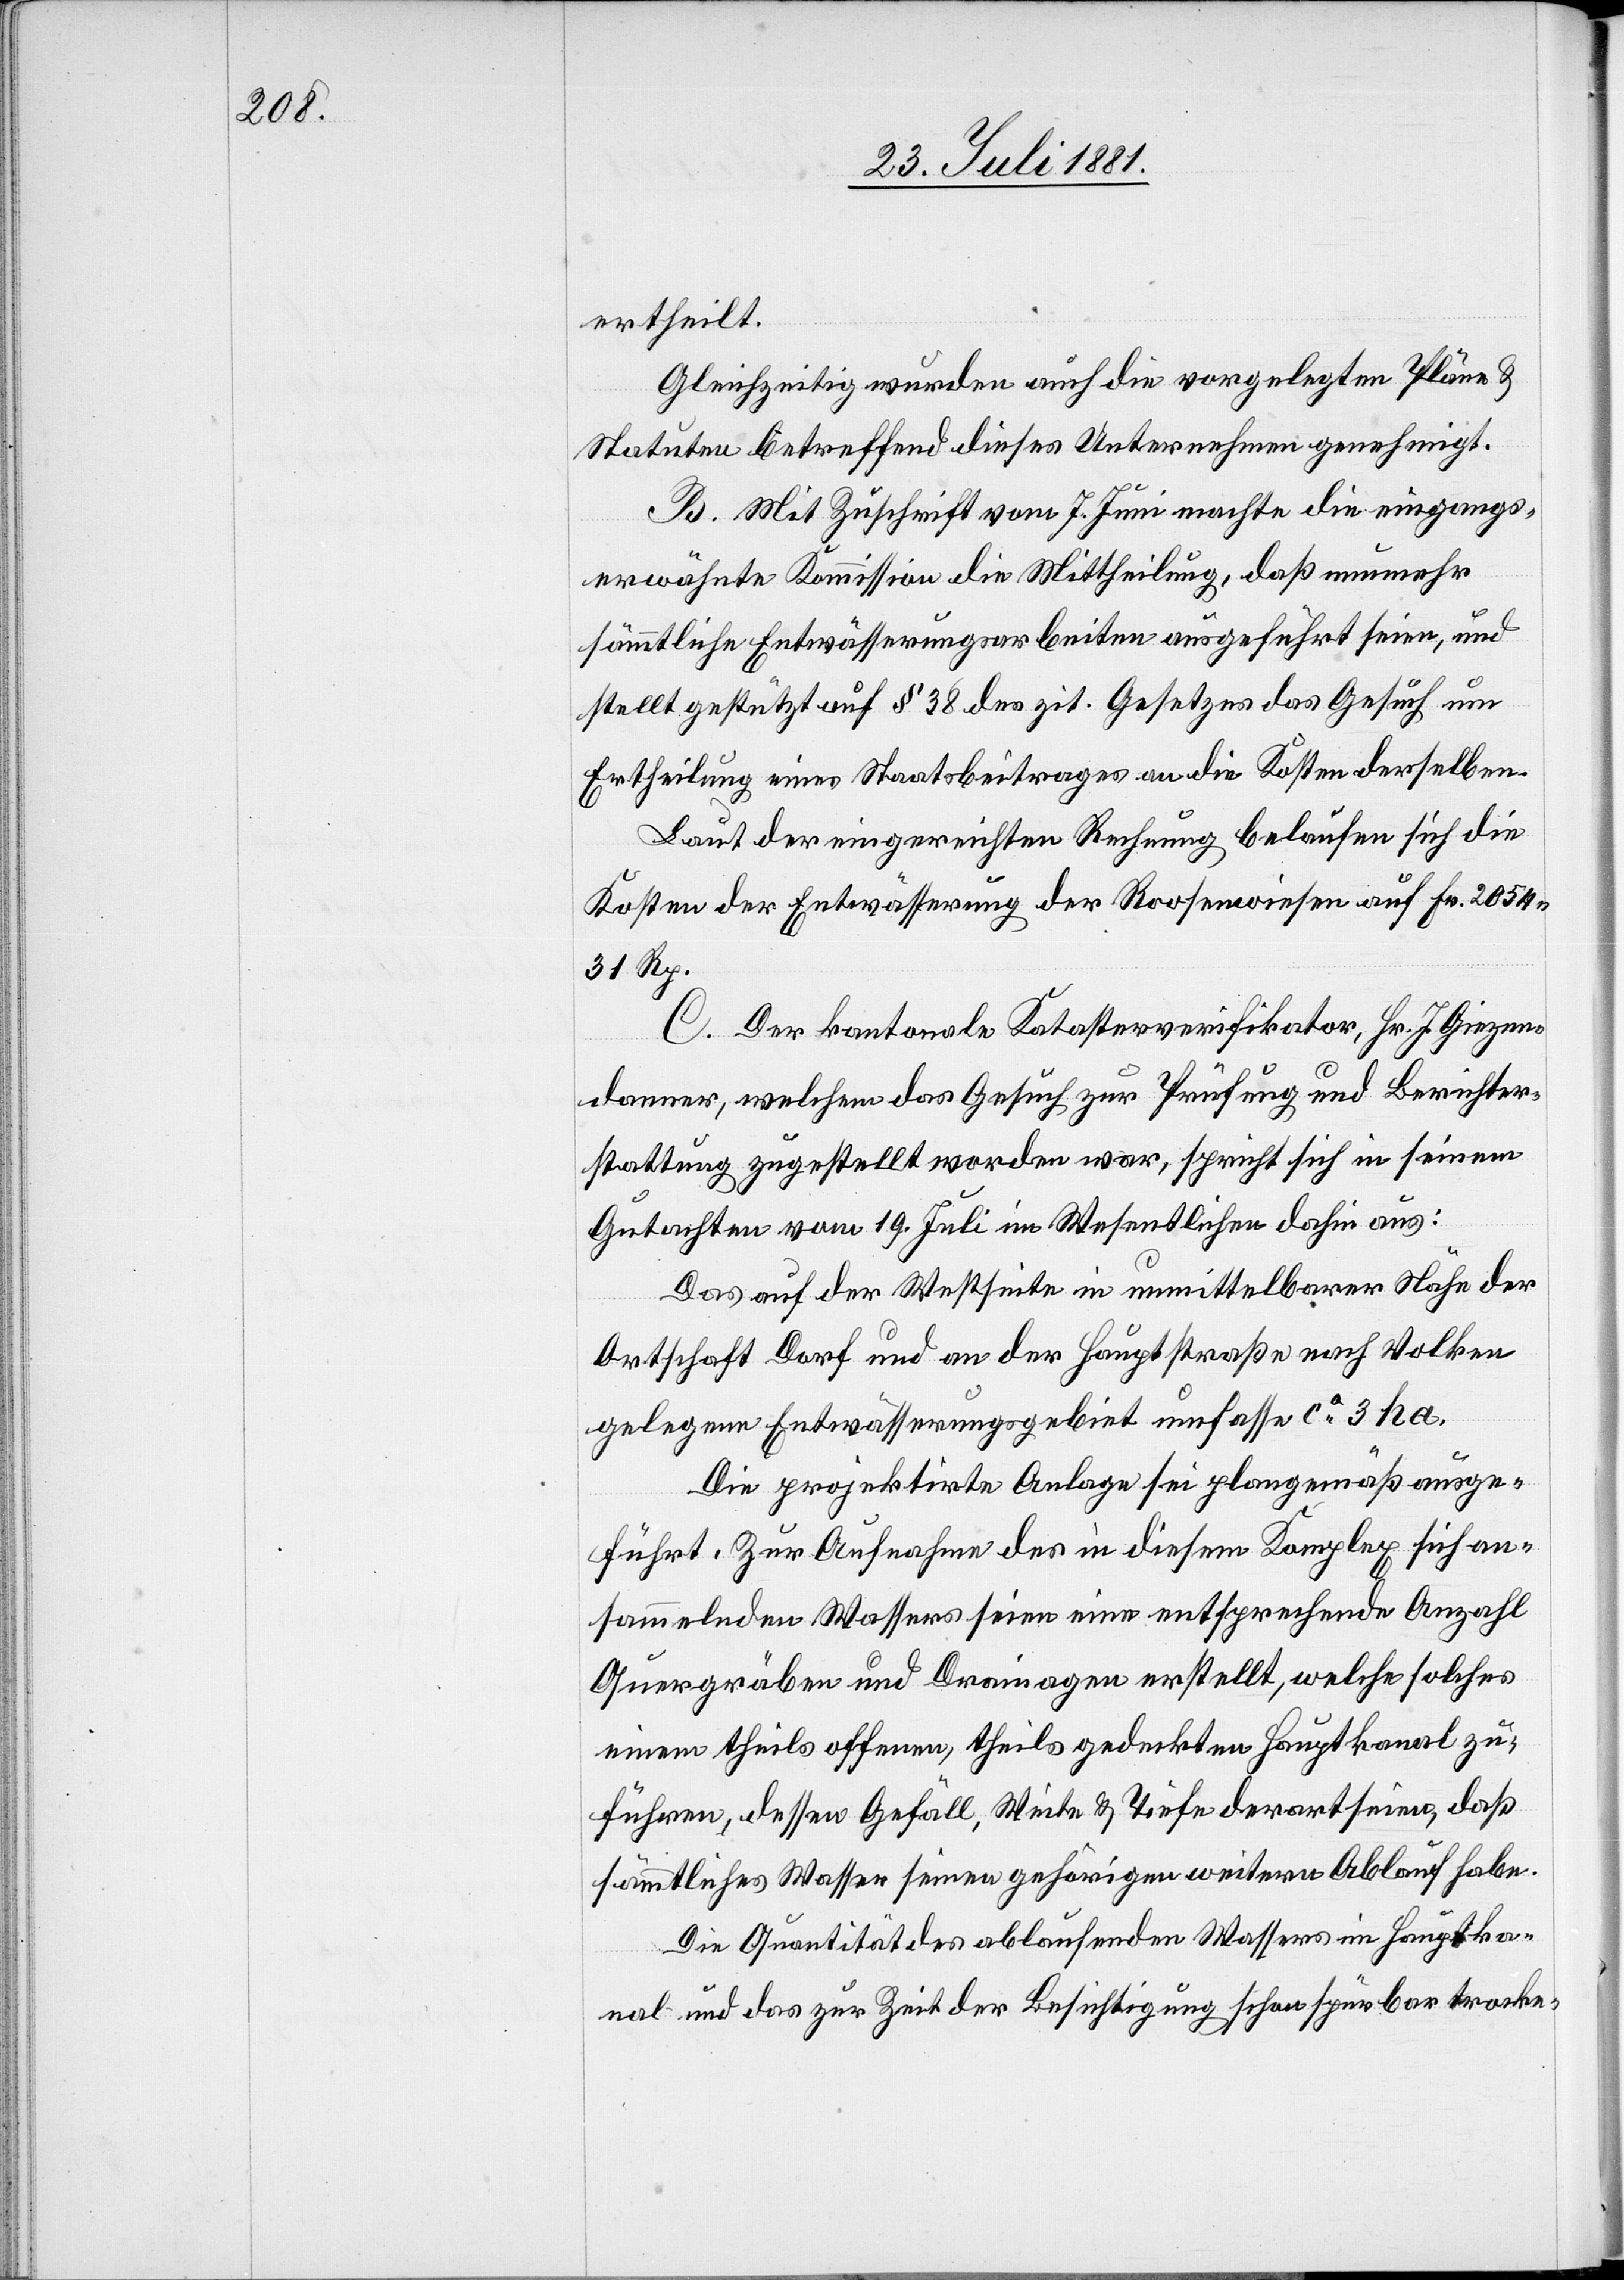
ertheilt.
Gleichzeitig wurden auch die vorgelegten Pläne &
Statuten betreffend diese Unternehmen genehmigt.
B. Mit Zuschrift vom 7. Juni machte die eingangs
erwähnte Kommission die Mittheilung, daß nunmehr
sämmtliche Entwässerungsarbeiten ausgeführt seien, und
stellt gestützt auf § 38 des zit. Gesetzes das Gesuch um
Ertheilung eines Staatsbeitrages an die Kosten derselben.
Laut der eingereichten Rechnung belaufen sich die
Kosten der Entwässerung der Roosenwiesen auf Fr. 205
31 Rp.
C. Der kantonale Katasterverifikator, Hr. J. Giezen¬
danner, welchem das Gesuch zur Prüfung und Berichter¬
stattung zugestellt worden war, spricht sich in seinem
Gutachten vom 19. Juli im Wesentlichen dahin aus:
Das auf der Westseite in unmittelbarer Nähe der
Ortschaft Dorf und an der Hauptstraße nach Volken
gelegene Entwässerungsgebiet umfasse ca 3 ha.
Die projektirte Anlage sei plangemäß ausge¬
führt. Zur Aufnahme des in diesem Komplex sich an¬
sammelnden Wassers seien eine entsprechende Anzahl
Quergräben und Drainagen erstellt, welche solches
einem theils offenen, theils gedeckten Hauptkanal zu¬
führen, dessen Gefäll, Weite & Tiefe derart seien, daß
sämmtliches Wasser seinen gehörigen weitern Ablauf habe.
Die Quantität des ablaufenden Wassers im Hauptka¬
nal und das zur Zeit der Besichtigung schon spürbar trocke-